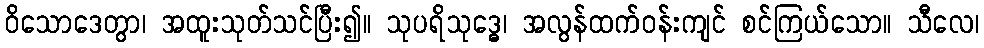
ဝိသောဒေတွာ၊ အထူးသုတ်သင်ပြီး၍။ သုပရိသုဒ္ဓေ၊ အလွန်ထက်ဝန်းကျင် စင်ကြယ်သော။ သီလေ၊